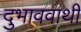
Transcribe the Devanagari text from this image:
दुभाववाथी